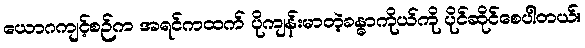
ယောဂကျင့်စဉ်က အရင်ကထက် ပိုကျန်းမာတဲ့ခန္ဓာကိုယ်ကို ပိုင်ဆိုင်စေပါတယ်။